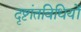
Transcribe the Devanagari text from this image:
दृष्टांतविधियों